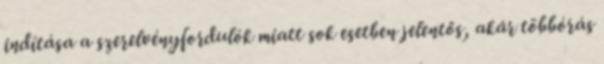
indítása a szerelvényfordulók miatt sok esetben jelentős, akár többórás